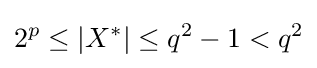
2^{p}\leq |X^{*}|\leq q^{2}-1<q^{2}